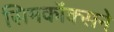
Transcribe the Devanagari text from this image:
सिमकॉक्सने